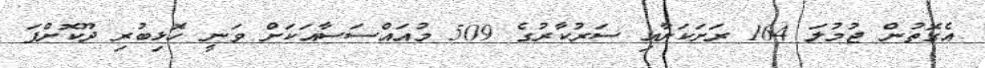
އެގޮތުން ޖުމުލަ 164 ރަށަކަށާއި ސަރުކާރުގެ 509 މުއައްސަސާއަކަށް ވަނީ ހޮޅިބުރި ދޫކޮށްފަ